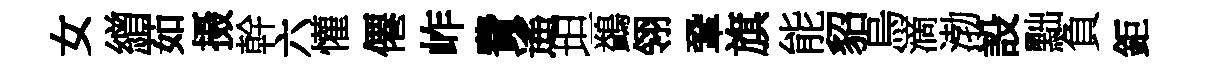
女繒茹摄幹六懽僊岞費遙坦鷁翎鞏旗能貂烏滴渤設黜負鉅